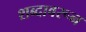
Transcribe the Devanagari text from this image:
शब्‍दावरून